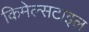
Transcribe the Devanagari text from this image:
किमेल्सटाइल